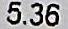
5.36